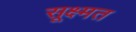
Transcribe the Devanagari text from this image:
सूक्ष्मत